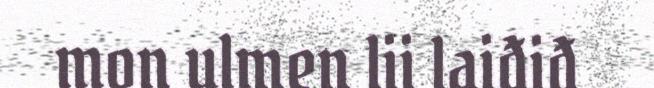
mon ulmen lii laiđiđ